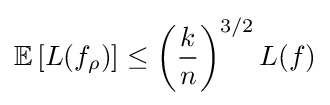
\mathbb {E} \left[L(f_{\rho })\right]\leq \left({\frac {k}{n}}\right)^{3/2}L(f)